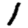
Digit: 1